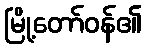
မြို့တော်ဝန်၏